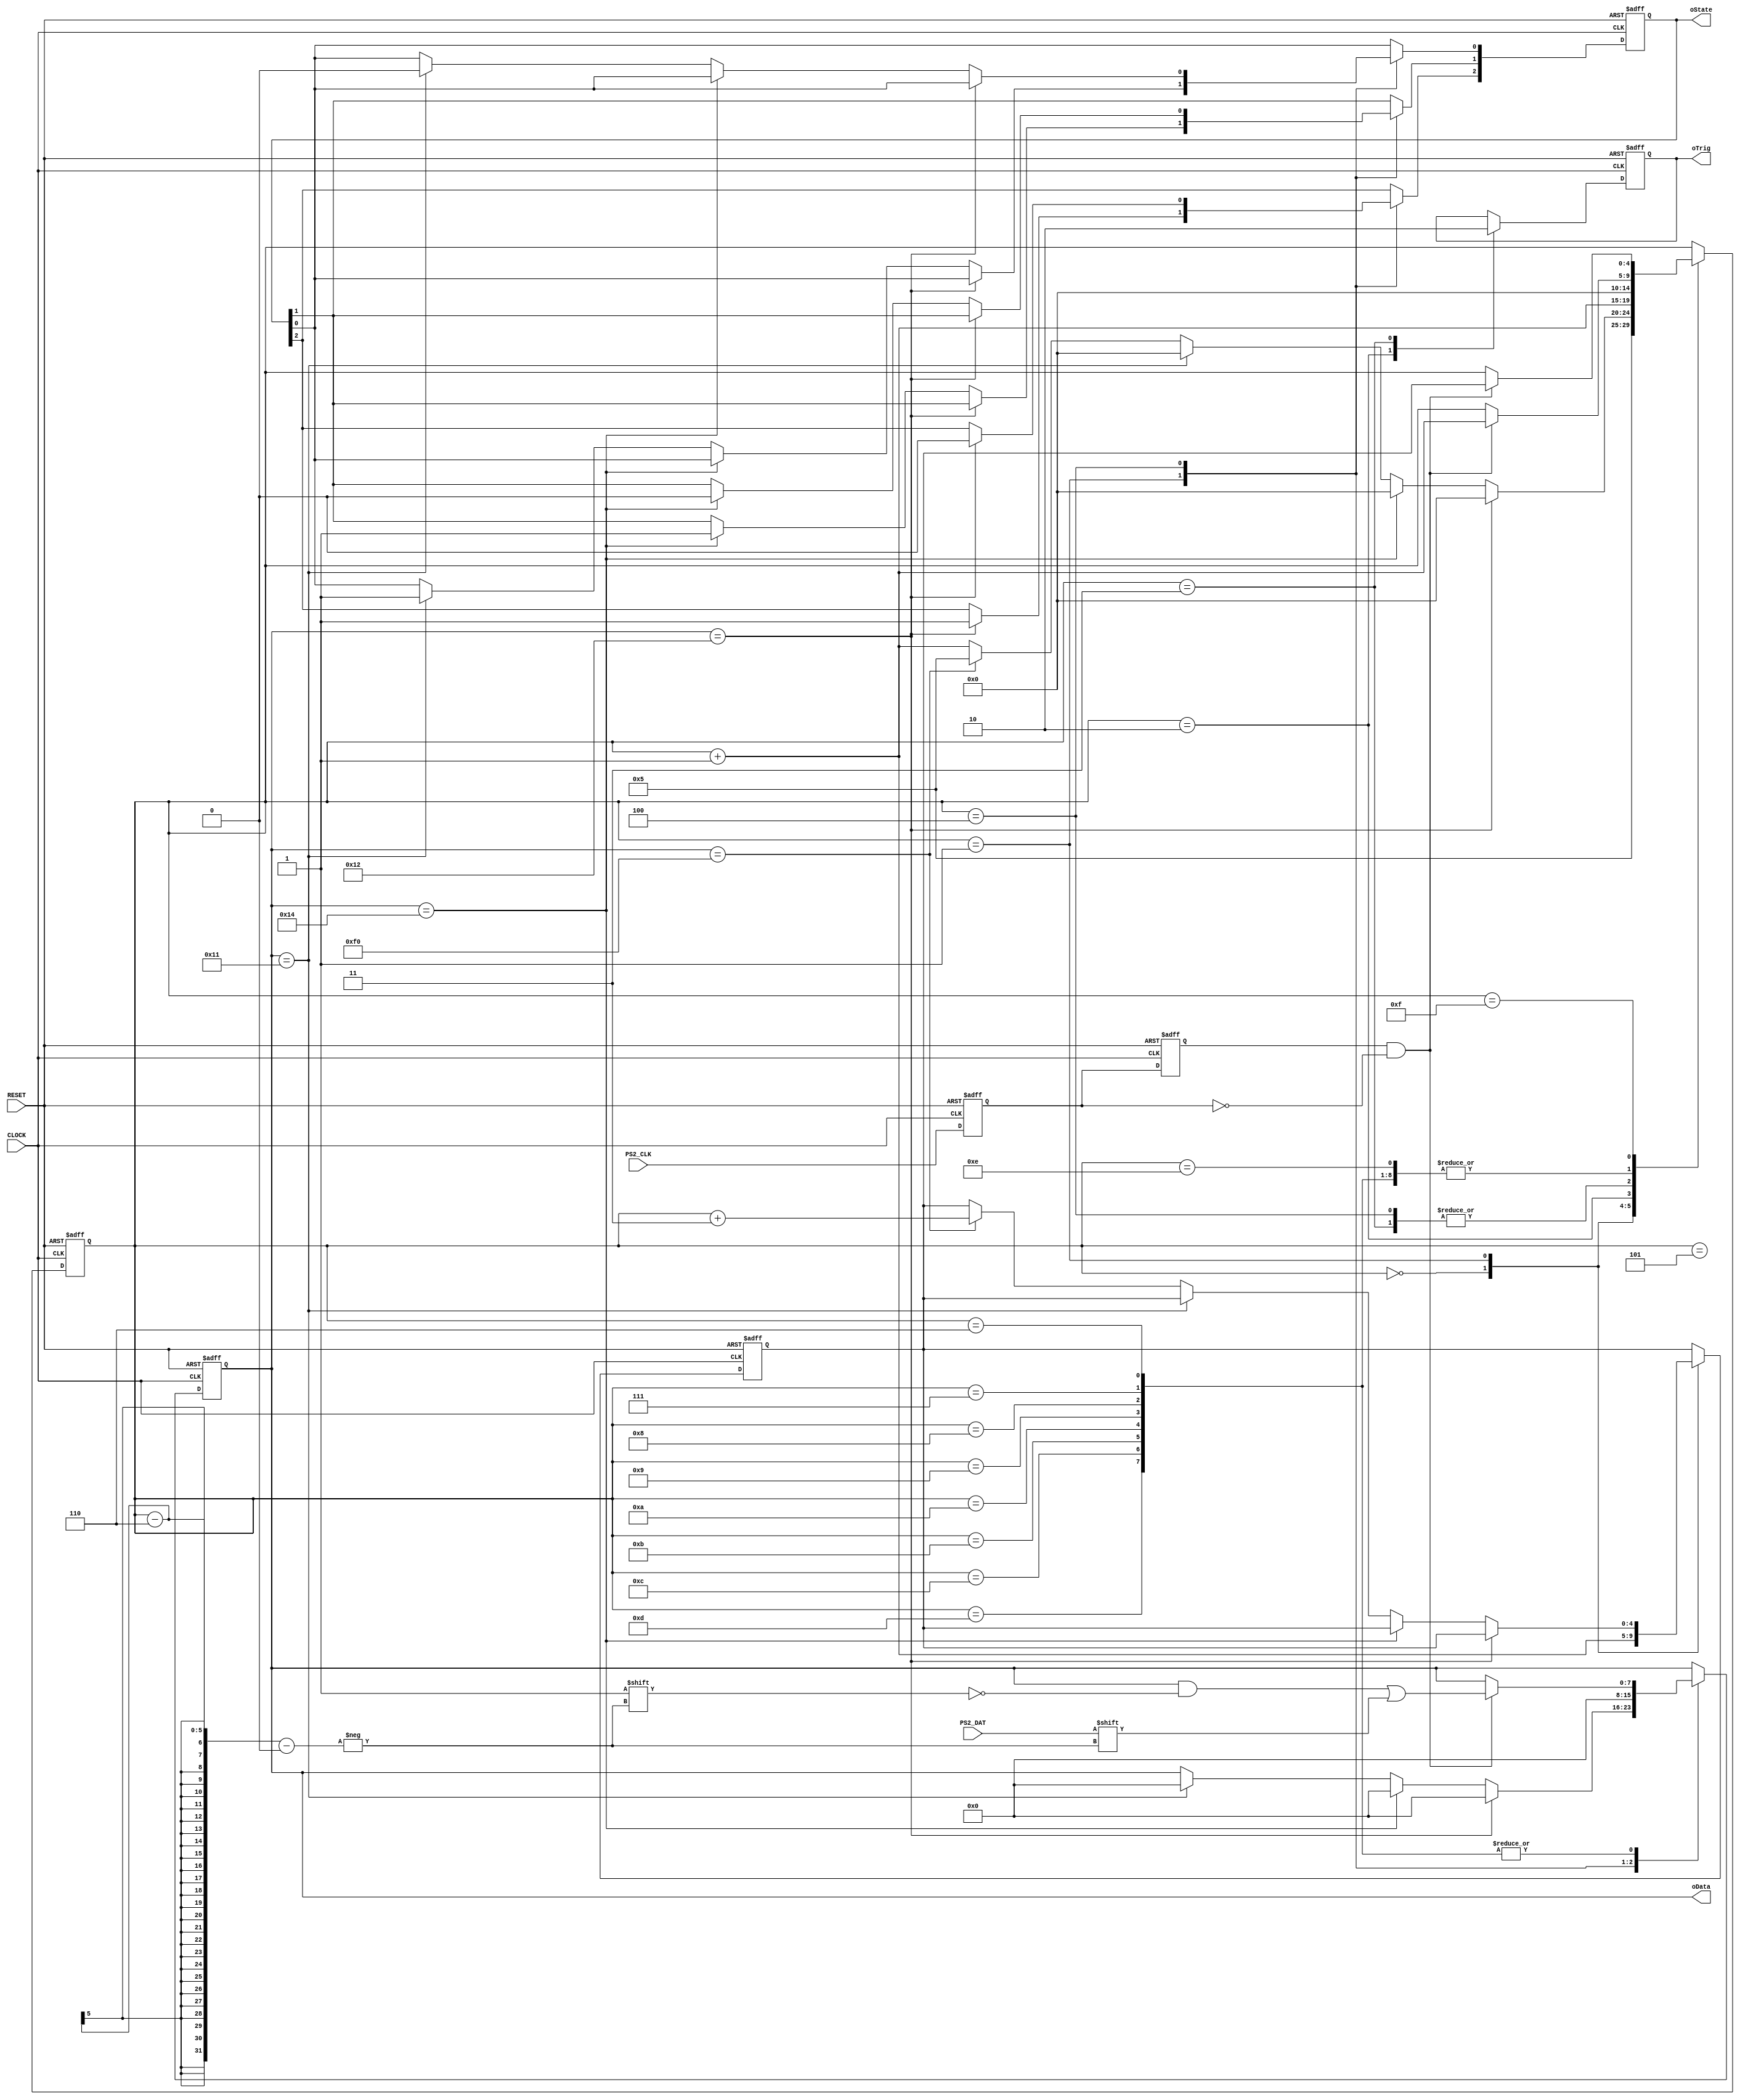
module ps2keyboard_funcmod
(
    input CLOCK, RESET,
	 input PS2_CLK, PS2_DAT,
	 output oTrig,
	 output [7:0]oData,
	 output [2:0]oState
);

    parameter LSHIFT = 8'h12, LCTRL = 8'h14, LALT = 8'h11, BREAK = 8'hF0;
	 parameter RDFUNC = 5'd5;

	 /*******************************/ // sub1
	 
    reg F2,F1; 
	 
    always @ ( posedge CLOCK or negedge RESET )
	     if( !RESET )
		      { F2,F1 } <= 2'b11;
		  else
		      { F2, F1 } <= { F1, PS2_CLK };

	 /*******************************/ // core
	 
	 wire isH2L = ( F2 == 1'b1 && F1 == 1'b0 );
	 reg [7:0]D;
	 reg [2:0]S;  // [2] isShift, [1] isCtrl, [0] isAlt
	 reg [4:0]i,Go;
	 reg isDone;
	 
	 always @ ( posedge CLOCK or negedge RESET )
	     if( !RESET )
		      begin
				    D <= 8'd0;
					 S <= 3'd0;
					 i <= 5'd0;
					 Go <= 5'd0;
					 isDone <= 1'b0;
				end
		   else
			    case( i )
					  
					  0: // Read Make
					  begin i <= RDFUNC; Go <= i + 1'b1; end
					  
					  1: // Set Flag
					  if( D == LSHIFT ) begin S[2] <= 1'b1; D <= 8'd0; i <= 5'd0;end
					  else if( D == LCTRL ) begin S[1] <= 1'b1; D <= 8'd0; i <= 5'd0; end
					  else if( D == LALT ) begin S[0] <= 1'b1; D <= 8'd0; i <= 5'd0; end
					  else if( D == BREAK ) begin i <= RDFUNC; Go <= i + 5'd3; end
					  else begin i <= i + 1'b1; end
					  
					  2:
					  begin isDone <= 1'b1; i <= i + 1'b1; end
					  
					  3:
					  begin isDone <= 1'b0; i <= 5'd0; end
					  
					  4: // Clear Flag
					  if( D == LSHIFT  ) begin S[2] <= 1'b0; D <= 8'd0; i <= 5'd0;  end
					  else if( D == LCTRL ) begin S[1] <= 1'b0; D <= 8'd0; i <= 5'd0; end
					  else if( D == LALT ) begin S[0] <= 1'b0; D <= 8'd0; i <= 5'd0;  end
					  else begin D <= 8'd0; i <= 5'd0; end

					  /****************/ // PS2 Read Function
					  
					  5:  // Start bit
					  if( isH2L ) i <= i + 1'b1; 
					  
					  6,7,8,9,10,11,12,13:  // Data byte
					  if( isH2L ) begin i <= i + 1'b1; D[ i-6 ] <= PS2_DAT; end
					  
					  14: // Parity bit
					  if( isH2L ) i <= i + 1'b1;
					  
					  15: // Stop bit
					  if( isH2L ) i <= Go;
					    
				 endcase
	 
	 assign oTrig = isDone;
	 assign oData = D;
	 assign oState = S;
	
endmodule